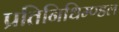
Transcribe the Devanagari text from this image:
प्रतिनिधिम्ण्डल